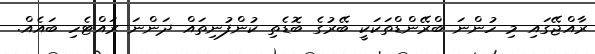
ރާއްޖޭގައި މި ހުންނަ ބްރޭންޑްތަކަކީ ބޭރުގެ ބޮޑެތި ކުންފުނިތައް ދަންނަ ރައްޓެހި ބައެއް.